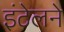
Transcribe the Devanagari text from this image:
इंटेलने